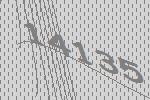
14135